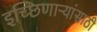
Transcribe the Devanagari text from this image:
इच्छिणाऱ्यांसाठी